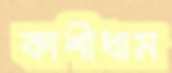
কাশীধাম